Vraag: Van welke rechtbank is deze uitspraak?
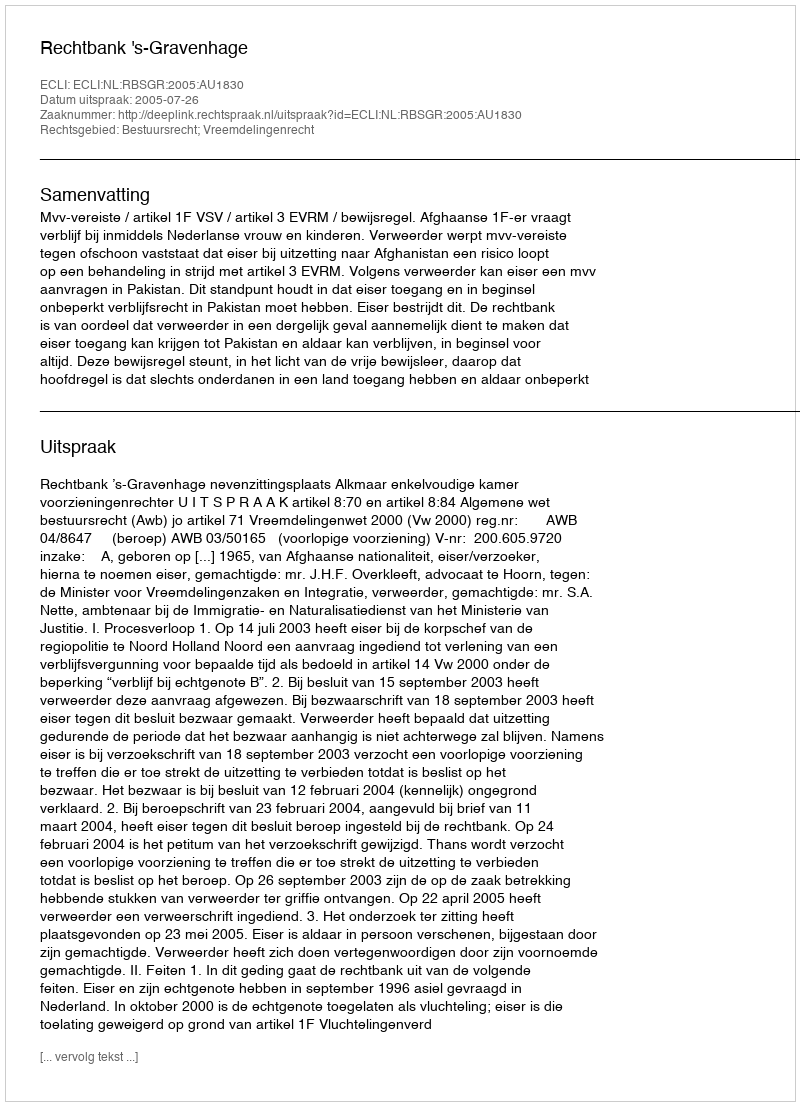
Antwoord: Rechtbank 's-Gravenhage